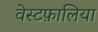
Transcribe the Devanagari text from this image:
वेस्टफ़ालिया